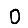
Digit: 0